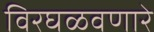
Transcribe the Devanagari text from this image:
विरघळवणारे